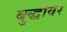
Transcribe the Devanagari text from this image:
बुद्धांवर